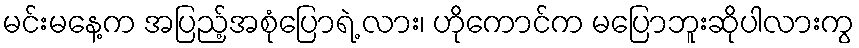
မင်းမနေ့က အပြည့်အစုံပြောရဲ့ လား၊ ဟိုကောင်က မပြောဘူးဆိုပါလားကွ